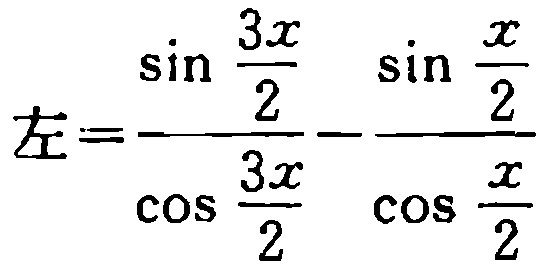
左=\(\frac{\sin \frac{3x}{2}}{\cos \frac{3x}{2}}-\frac{\sin \frac{x}{2}}{\cos \frac{x}{2}}\)